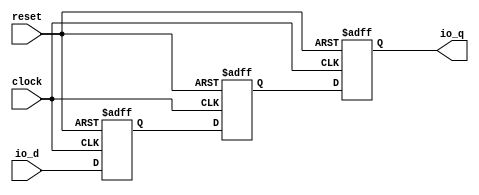
module AsyncResetSynchronizerPrimitiveShiftReg_d3_i0(
  input   clock,
  input   reset,
  input   io_d,
  output  io_q
);
`ifdef RANDOMIZE_REG_INIT
  reg [31:0] _RAND_0;
  reg [31:0] _RAND_1;
  reg [31:0] _RAND_2;
`endif // RANDOMIZE_REG_INIT
  reg  sync_0; // @[SynchronizerReg.scala 59:89]
  reg  sync_1; // @[SynchronizerReg.scala 59:89]
  reg  sync_2; // @[SynchronizerReg.scala 59:89]
  assign io_q = sync_0; // @[SynchronizerReg.scala 67:10]
  always @(posedge clock or posedge reset) begin
    if (reset) begin
      sync_0 <= 1'h0;
    end else begin
      sync_0 <= sync_1;
    end
  end
  always @(posedge clock or posedge reset) begin
    if (reset) begin
      sync_1 <= 1'h0;
    end else begin
      sync_1 <= sync_2;
    end
  end
  always @(posedge clock or posedge reset) begin
    if (reset) begin
      sync_2 <= 1'h0;
    end else begin
      sync_2 <= io_d;
    end
  end
// Register and memory initialization
`ifdef RANDOMIZE_GARBAGE_ASSIGN
`define RANDOMIZE
`endif
`ifdef RANDOMIZE_INVALID_ASSIGN
`define RANDOMIZE
`endif
`ifdef RANDOMIZE_REG_INIT
`define RANDOMIZE
`endif
`ifdef RANDOMIZE_MEM_INIT
`define RANDOMIZE
`endif
`ifndef RANDOM
`define RANDOM $random
`endif
`ifdef RANDOMIZE_MEM_INIT
  integer initvar;
`endif
`ifndef SYNTHESIS
`ifdef FIRRTL_BEFORE_INITIAL
`FIRRTL_BEFORE_INITIAL
`endif
initial begin
  `ifdef RANDOMIZE
    `ifdef INIT_RANDOM
      `INIT_RANDOM
    `endif
    `ifndef VERILATOR
      `ifdef RANDOMIZE_DELAY
        #`RANDOMIZE_DELAY begin end
      `else
        #0.002 begin end
      `endif
    `endif
`ifdef RANDOMIZE_REG_INIT
  _RAND_0 = {1{`RANDOM}};
  sync_0 = _RAND_0[0:0];
  _RAND_1 = {1{`RANDOM}};
  sync_1 = _RAND_1[0:0];
  _RAND_2 = {1{`RANDOM}};
  sync_2 = _RAND_2[0:0];
`endif // RANDOMIZE_REG_INIT
  if (reset) begin
    sync_0 = 1'h0;
  end
  if (reset) begin
    sync_1 = 1'h0;
  end
  if (reset) begin
    sync_2 = 1'h0;
  end
  `endif // RANDOMIZE
end // initial
`ifdef FIRRTL_AFTER_INITIAL
`FIRRTL_AFTER_INITIAL
`endif
`endif // SYNTHESIS
endmodule